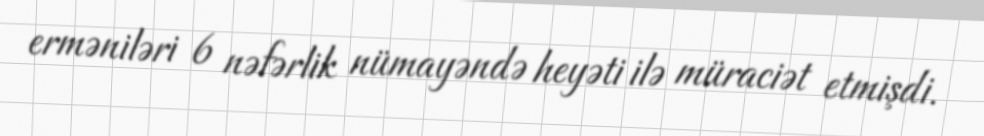
erməniləri 6 nəfərlik nümayəndə heyəti ilə müraciət etmişdi.